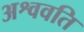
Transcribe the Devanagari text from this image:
अश्ववति